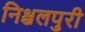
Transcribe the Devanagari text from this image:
निश्चलपुरी